Scientific memoirs by medical officers of the Army of India - Part VI,
Year: 1891
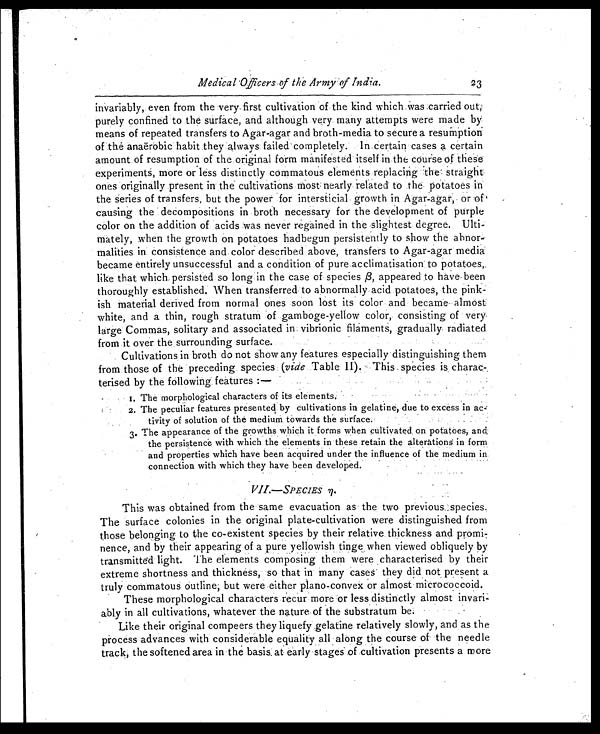
Medical '0 cers of the Army "of India.
23'
invariably, even from the very first cultivation of the kind which was carried oust,
purely confined to the surface, and although very, many attempts were made by
means of repeated transfers to Agar-agar and broth-media to secure a resumption
of the anaёrobic habit .they always failed completely. In certain cases a certain
amount of resumption of the original form manifested itself in the course of theses
experiments, more or less distinctly commatous elements replacing the straight
ones originally present in the cultivations most : nearly related to the potatoes in
the series of transfers, but the power for intersticial growth in Agar-agar, or of
causing the decompositions in broth necessary for the development of purple
color on the addition of acids was never regained in the slightest degree. Ulti-
mately, when the growth on potatoes hadbegun persistently to show the abnor-
malities in consistence and color described above, transfers to Agar-agar media
became entirely unsuccessful and a condition of pure acclimatisation to potatoes,
like that which persisted so long in the case of species β , appeared to have been
thoroughly established. When transferred to abnormally acid potatoes, the pink
-ish material derived from normal ones soon lost its color and became almost
white, and a thin, rough stratum of gamboge-yellow color, consisting of very
large Commas, solitary and associated in: vibrionic filaments, gradually radiated
from it over the surrounding surface.
Cultivations in broth do not show any features especially distinguishing them
from those of the preceding species (vide Table II). This species is charac-
terised by the following features :—
1 . T h e m o r p h o l o g i c a l c h a r a c t e r s o f i t s e l e m e n t s .
2. The peculiar features presented by cultivations in gelatine, due to excess in ac-
tivity of solution of the medium towards the surface.
3. The appearance of the growths which it forms when cultivated, on, potatoes, and
the persistence with which the elements in these retain the alterations in form
and properties which have been acquired under the influence of the medium in
connection with which they have been developed.
VII.—SPECIES η .
This was obtained from the same evacuation as the two previous species.
The surface colonies in the original plate-cultivation were distinguished from
those belonging to the co-existent species by their relative thickness and promi-
nence, and by their appearing of a pure yellowish tinge when viewed obliquely by
transmitted light. The elements composing them were characterised by their
extreme shortness and thickness, so that in many cases they did not present a
truly commatous outline; but were either piano-convex or almost micrococcoid.
These morphological characters recur more or less distinctly almost invari-
ably in all cultivations, whatever the nature of the substratum be.
Like their original compeers they liquefy gelatine relatively slowly, and as the
process advances with considerable equality all . along the course of the needle
track, the softened area in the basis at early stages of cultivation presents a more